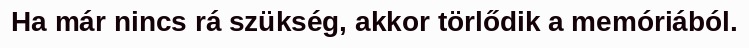
Ha már nincs rá szükség, akkor törlődik a memóriából.